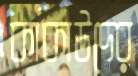
কাকাউদের